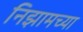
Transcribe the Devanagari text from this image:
निझामच्या